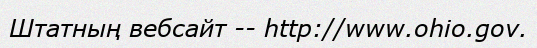
Штатның вебсайт -- http://www.ohio.gov.